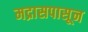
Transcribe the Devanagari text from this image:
मद्रासपासून